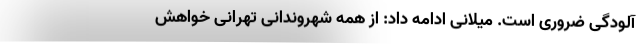
آلودگی ضروری است. میلانی ادامه داد: از همه شهروندانی تهرانی خواهش